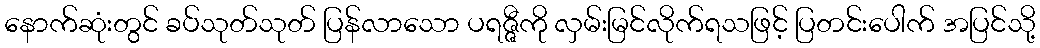
နောက်ဆုံးတွင် ခပ်သုတ်သုတ် ပြန်လာသော ပရဇ္ဇီကို လှမ်းမြင်လိုက်ရသဖြင့် ပြတင်းပေါက် အပြင်သို့